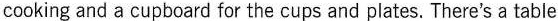
cooking and a cupboard for the cups and plates. There's a table